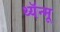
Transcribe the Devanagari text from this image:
थ्यॅन्मू